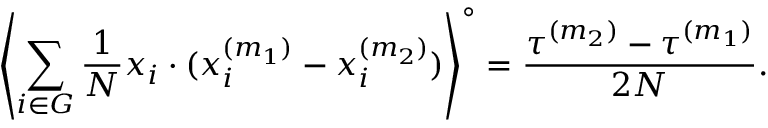
\left\langle \sum _ { i \in G } \frac { 1 } { N } x _ { i } \cdot ( x _ { i } ^ { ( m _ { 1 } ) } - x _ { i } ^ { ( m _ { 2 } ) } ) \right\rangle ^ { \circ } = \frac { \tau ^ { ( m _ { 2 } ) } - \tau ^ { ( m _ { 1 } ) } } { 2 N } .